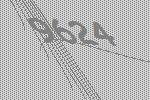
9624